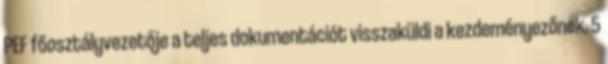
PEF főosztályvezetője a teljes dokumentációt visszaküldi a kezdeményezőnek. 5